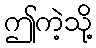
ဤကဲ့သို့